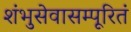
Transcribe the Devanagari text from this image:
शंभुसेवासम्पूरितं